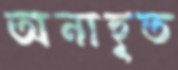
অনাহূত